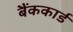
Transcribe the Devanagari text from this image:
बैंककार्ड